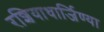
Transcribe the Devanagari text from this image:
रशियाधार्जिण्या